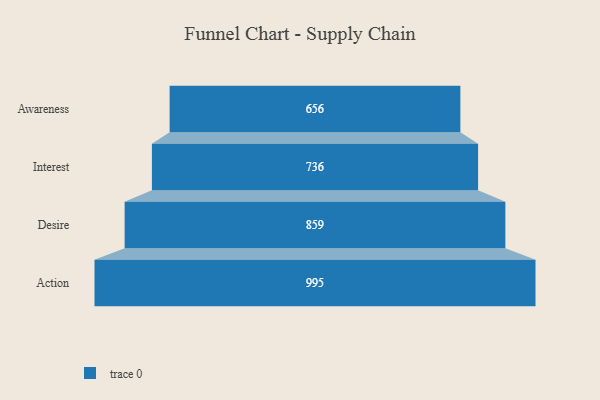
{"axis": {"x": "Stage", "y": "Value"}, "legend": [""], "data": [{"x": "Awareness", "y": 656.0, "type": ""}, {"x": "Interest", "y": 736.0, "type": ""}, {"x": "Desire", "y": 859.0, "type": ""}, {"x": "Action", "y": 995.0, "type": ""}]}